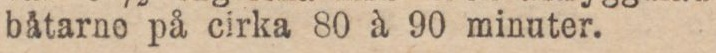
båtarno på cirka 80 à 90 minuter.